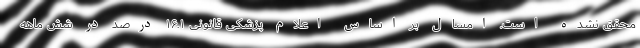
محقق نشده است. امسال بر اساس اعلام پزشکی قانونی ۱۶.۱ درصد در شش ماهه